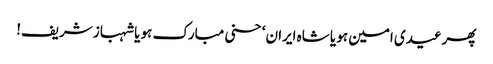
پھرعیدی امین ہو یا شاہ ایران‘ حسنی مبارک ہو یا شہباز شریف!